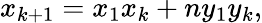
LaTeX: \displaystyle x_{k+1}=x_{1}x_{k}+ny_{1}y_{k},